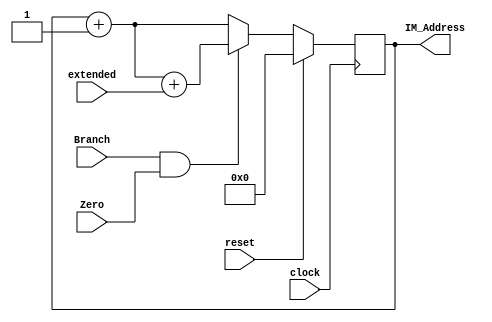
`timescale 1ns / 1ns

module PC(
     input clock,
     input reset,
     input Branch,
     input Zero,
     input [31:0] extended,
     output [31:0] IM_Address
    );
     
    reg [31:0] pc;
    wire PCSrc = Branch && Zero;
   
    always @ (posedge clock) begin
        if (reset)
            pc = 0;
        else
            pc = PCSrc ? (pc + 1 + extended):(pc + 1);
    end
   
    assign IM_Address = pc;

endmodule